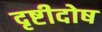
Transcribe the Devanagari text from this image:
दृष्टीदोष